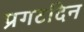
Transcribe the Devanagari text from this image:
प्रगटदिन